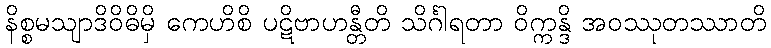
နိစ္စမသျာဒိဝိဓိမှိ ကေဟိစိ ပဋိဗာဟန္တီတိ သိင်္ဂါရတာ ဝိက္ကန္ဒိ အဝဿုတဿာတိ